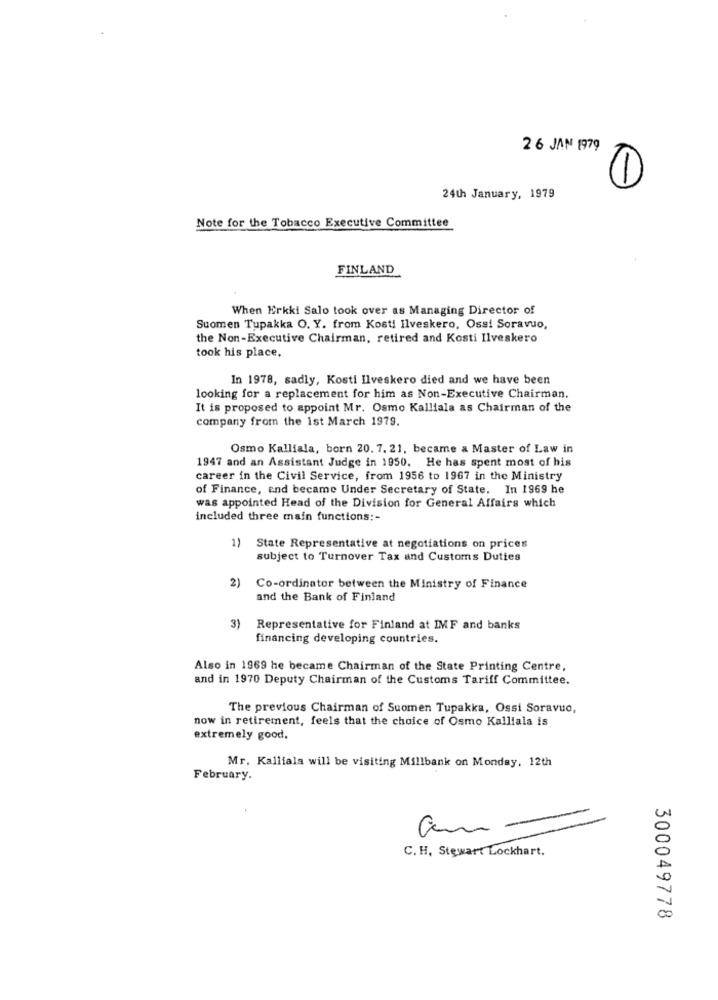
26 JAN 1979
1
24th January, 1979
Note for the Tobacco Executive Committee
FINLAND
When Erkki Salo took over as Managing Director of
Suomen Tupakka O. Y. from Kosti Ilveskero, Ossi Soravuo,
the Non-Executive Chairman, retired and Kosti Ilveskero
took his place.
In 1978, sadly, Kosti Ilveskero died and we have been
looking for a replacement for him as Non-Executive Chairman.
It is proposed to appoint Mr. Osmo Kalliala as Chairman of the
company from the 1st March 1979.
Osmo Kalliala, born 20. 7. 21, became a Master of Law in
1947 and an Assistant Judge in 1950. He has spent most of his
career in the Civil Service, from 1956 to 1967 in the Ministry
of Finance, end became Under Secretary of State. In 1969 he
was appointed Head of the Division for General Affairs which
included three main functions :-
1) State Representative at negotiations on prices
subject to Turnover Tax and Customs Duties
2)
Co-ordinator between the Ministry of Finance
and the Bank of Finland
3)
Representative for Finland at IMF and banks
financing developing countries.
Also in 1969 he became Chairman of the State Printing Centre,
and in 1970 Deputy Chairman of the Customs Tariff Committee.
The previous Chairman of Suomen Tupakka, Ossi Soravuo,
now in retirement, feels that the choice of Osmo Kalliala is
extremely good.
Mr. Kalliala will be visiting Millbank on Monday, 12th
February.
am -
C. H . Stewart Lockhart .
300049778